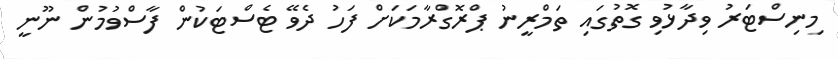
މިނިސްޓަރު ވިދާޅުވި ގޮތުގައި ތަމްރީނު ޕްރޮގްރާމަކަށް ފަހު ދެވޭ ޓެސްޓަކުން ފާސްވުމުން ނޫނީ